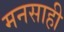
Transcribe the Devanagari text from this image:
मनसाही